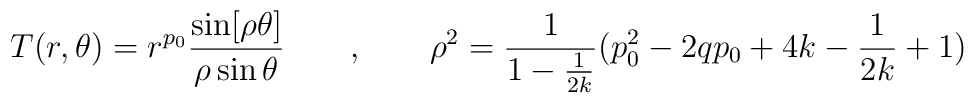
T(r,\theta)= r^{p_0} \frac{\sin[\rho \theta]}{\rho \sin\theta} \qquad, \qquad \rho^2 = \frac{1}{1-\frac{1}{2k}}(p_{0}^2- 2 q p_0 + 4 k -\frac{1}{2k} +1)